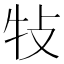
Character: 𤘴